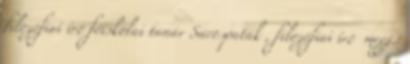
filozófiai író főiskolai tanár Sárospatak , filozófiai író megj.: